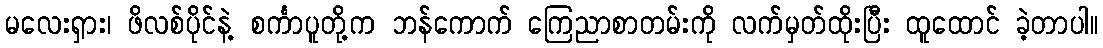
မလေးရှား၊ ဖိလစ်ပိုင်နဲ့ စင်္ကာပူတို့က ဘန်ကောက် ကြေညာစာတမ်းကို လက်မှတ်ထိုးပြီး ထူထောင် ခဲ့တာပါ။